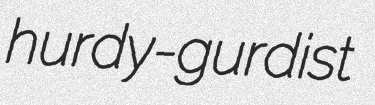
hurdy-gurdist